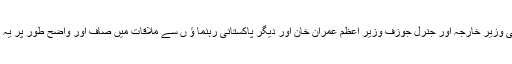
امریکی وزیر دفاع نے کہا کہ امریکی وزیر خارجہ اور جنرل جوزف وزیر اعظم عمران خان اور دیگر پاکستانی رہنما ؤ ں سے ملاقات میں صاف اور واضح طور پر یہ طے کریں گے کہ ہمیں کیا کرنا ہے۔